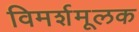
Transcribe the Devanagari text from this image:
विमर्शमूलक